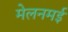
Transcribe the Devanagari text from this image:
मेलनमई